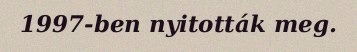
1997-ben nyitották meg.